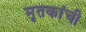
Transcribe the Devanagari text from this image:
मृतकांची